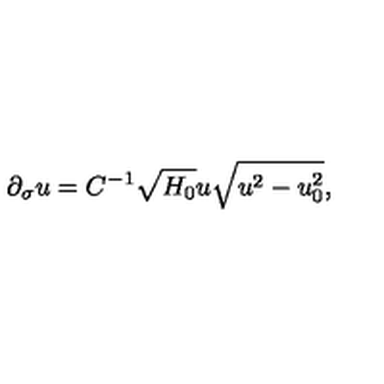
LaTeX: \partial _ { \sigma } u = C ^ { - 1 } \sqrt { H _ { 0 } } u \sqrt { u ^ { 2 } - u _ { 0 } ^ { 2 } } ,